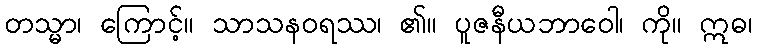
တသ္မာ၊ ကြောင့်။ သာသနဝရဿ၊ ၏။ ပူဇနီယဘာဝေါ၊ ကို။ ဣဓ၊